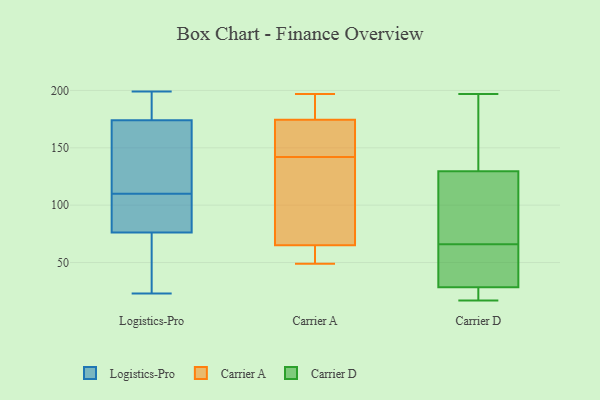
{"axis": {"x": "Customer Acquisition Cost (USD)", "y": "Value"}, "legend": ["Carrier A", "Carrier D", "Logistics-Pro"], "data": [{"x": "", "y": 194, "type": "Logistics-Pro"}, {"x": "", "y": 168, "type": "Logistics-Pro"}, {"x": "", "y": 50, "type": "Logistics-Pro"}, {"x": "", "y": 199, "type": "Logistics-Pro"}, {"x": "", "y": 107, "type": "Logistics-Pro"}, {"x": "", "y": 192, "type": "Logistics-Pro"}, {"x": "", "y": 82, "type": "Logistics-Pro"}, {"x": "", "y": 59, "type": "Logistics-Pro"}, {"x": "", "y": 124, "type": "Logistics-Pro"}, {"x": "", "y": 125, "type": "Logistics-Pro"}, {"x": "", "y": 23, "type": "Logistics-Pro"}, {"x": "", "y": 110, "type": "Logistics-Pro"}, {"x": "", "y": 83, "type": "Logistics-Pro"}, {"x": "", "y": 183, "type": "Carrier A"}, {"x": "", "y": 104, "type": "Carrier A"}, {"x": "", "y": 55, "type": "Carrier A"}, {"x": "", "y": 164, "type": "Carrier A"}, {"x": "", "y": 195, "type": "Carrier A"}, {"x": "", "y": 56, "type": "Carrier A"}, {"x": "", "y": 160, "type": "Carrier A"}, {"x": "", "y": 74, "type": "Carrier A"}, {"x": "", "y": 49, "type": "Carrier A"}, {"x": "", "y": 197, "type": "Carrier A"}, {"x": "", "y": 124, "type": "Carrier A"}, {"x": "", "y": 166, "type": "Carrier A"}, {"x": "", "y": 73, "type": "Carrier D"}, {"x": "", "y": 108, "type": "Carrier D"}, {"x": "", "y": 113, "type": "Carrier D"}, {"x": "", "y": 92, "type": "Carrier D"}, {"x": "", "y": 146, "type": "Carrier D"}, {"x": "", "y": 154, "type": "Carrier D"}, {"x": "", "y": 26, "type": "Carrier D"}, {"x": "", "y": 39, "type": "Carrier D"}, {"x": "", "y": 31, "type": "Carrier D"}, {"x": "", "y": 17, "type": "Carrier D"}, {"x": "", "y": 59, "type": "Carrier D"}, {"x": "", "y": 146, "type": "Carrier D"}, {"x": "", "y": 23, "type": "Carrier D"}, {"x": "", "y": 19, "type": "Carrier D"}, {"x": "", "y": 197, "type": "Carrier D"}, {"x": "", "y": 36, "type": "Carrier D"}]}